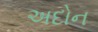
અદોન